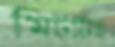
মিটটিই